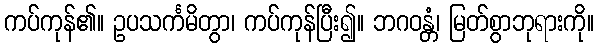
ကပ်ကုန်၏။ ဥပသင်္ကမိတွာ၊ ကပ်ကုန်ပြီး၍။ ဘဂဝန္တံ၊ မြတ်စွာဘုရားကို။